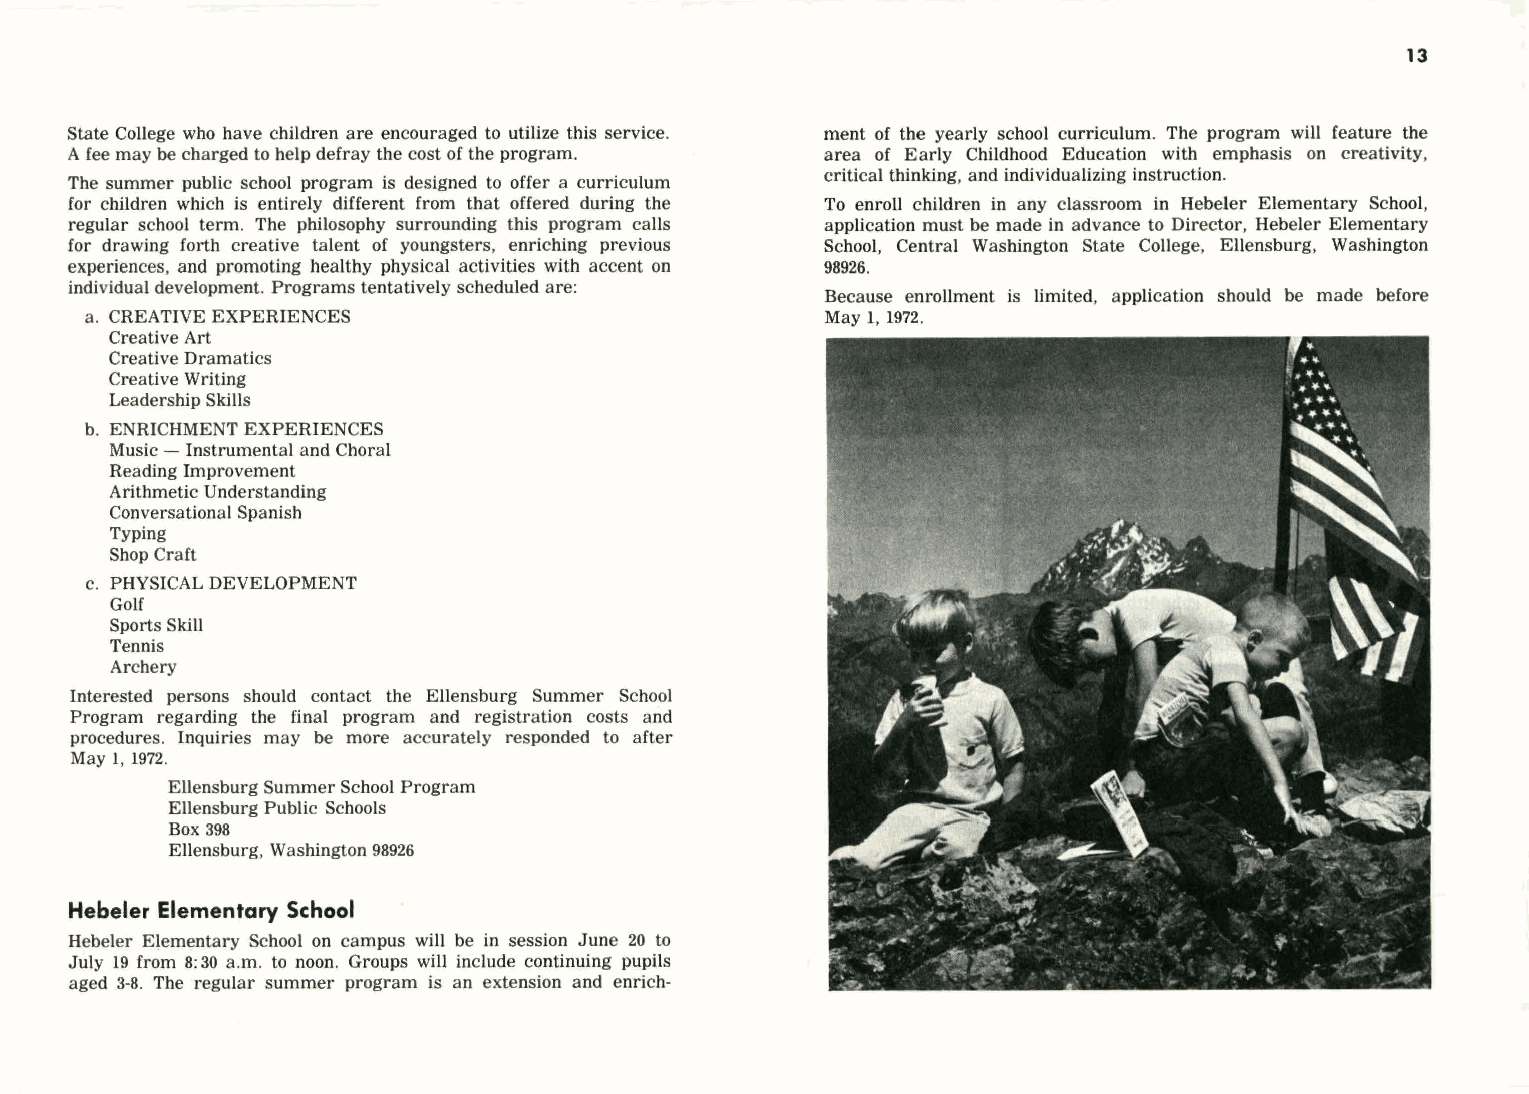
13
 State College who have children are encouraged to utilize this service. ment of the yearly school curriculum. The program will feature the
 A fee may be charged to help defray the cost of the program. area of Early Childhood Education with emphasis on creativity,
 critical thinking, and individualizing instruction.
 The summer public school program is designed to offer a curriculum
 for children which is entirely different from that offered during the To enroll children in any classroom in Hebeler Elementary School,
 regular school term. The philosophy surrounding this program calls application must be made in advance to Director, Hebeler Elementary
 for drawing forth creative talent of youngsters, enriching previous School, Central Washington State College, Ellensburg, Washington
 experiences, and promoting healthy physical activities with accent on 98926.
 individual development. Programs tentatively scheduled are:
 Because enrollment is limited, application should be made before
 a. CREATIVE EXPERIENCES                          May 1, 1972.
 Creative Art
 Creative Dramatics
 Creative Writing
 Leadership Skills
 b. ENRICHMENT EXPERIENCES
 Music - Instrumental and Choral
 Reading Improvement
 Arithmetic Understanding
 Conversational Spanish
 Typing
 Shop Craft
 c. PHYSICAL DEVELOPMENT
 Golf
 Sports Skill
 Tennis
 Archery
 Interested persons should contact the Ellensburg Summer School
 Program regarding the final program and registration costs and
 procedures. Inquiries may be more accurately responded to after
 May 1, 1972.
 Ellensburg Summer School Program
 Ellensburg Public Schools
 Box 398
 Ellensburg, Washington 98926
 Hebeler Elementary School
 Hebeler Elementary School on campus will be in session June 20 to
 July 19 from 8: 30 a.m. to noon. Groups will include continuing pupils
 aged 3-8. The regular summer program is an extension and enrich-